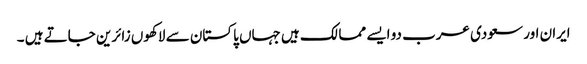
ایران اور سعودی عرب دو ایسے ممالک ہیں جہاں پاکستان سے لاکھوں زائرین جاتے ہیں ۔